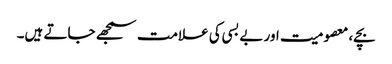
بچے، معصومیت اور بے بسی کی علامت سمجھے جاتے ہیں۔